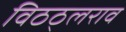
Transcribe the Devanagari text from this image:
विठठ्लराव